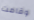
وقامت